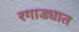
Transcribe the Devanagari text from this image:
रगाड्यात